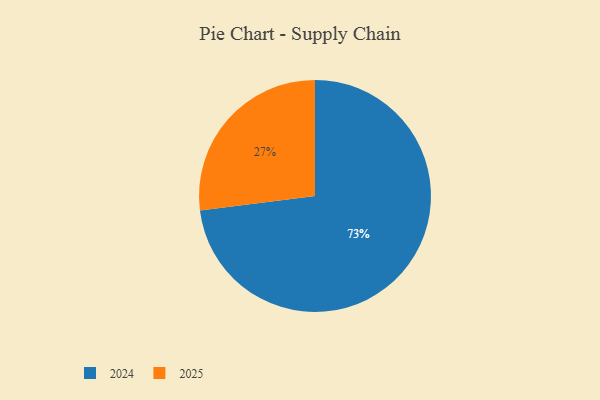
{"axis": {"x": "Category", "y": "Percentage"}, "legend": ["2024", "2025"], "data": [{"x": "2024", "y": 73, "type": "2024"}, {"x": "2025", "y": 27, "type": "2025"}]}